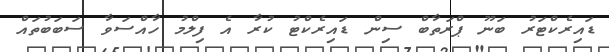
ޑައިރެކްޓަރު ބަނޫ ޕްރަތާބް ސިން ޑައިރެކްޓު ކުރާ އެ ފިލްމު ހާއްސަވާ ސަބަބުތައް